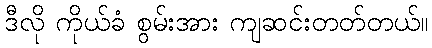
ဒီလို ကိုယ်ခံ စွမ်းအား ကျဆင်းတတ်တယ်။